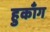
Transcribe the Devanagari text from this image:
हुकाँग